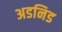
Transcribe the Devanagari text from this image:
अडनिड